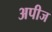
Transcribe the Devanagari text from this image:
अपीज